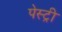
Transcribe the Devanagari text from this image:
पेस्‍ट्री